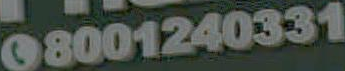
08001240331